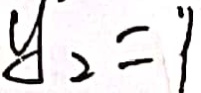
y _ { 2 } = ^ { 、 } 1